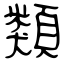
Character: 類